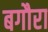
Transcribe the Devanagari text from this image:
बगौरा